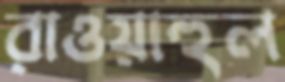
রাওয়াহুল